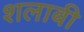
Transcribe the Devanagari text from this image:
शलाबी